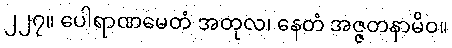
၂၂၇။ ပေါရာဏမေတံ အတုလ၊ နေတံ အဇ္ဇတနာမိဝ။